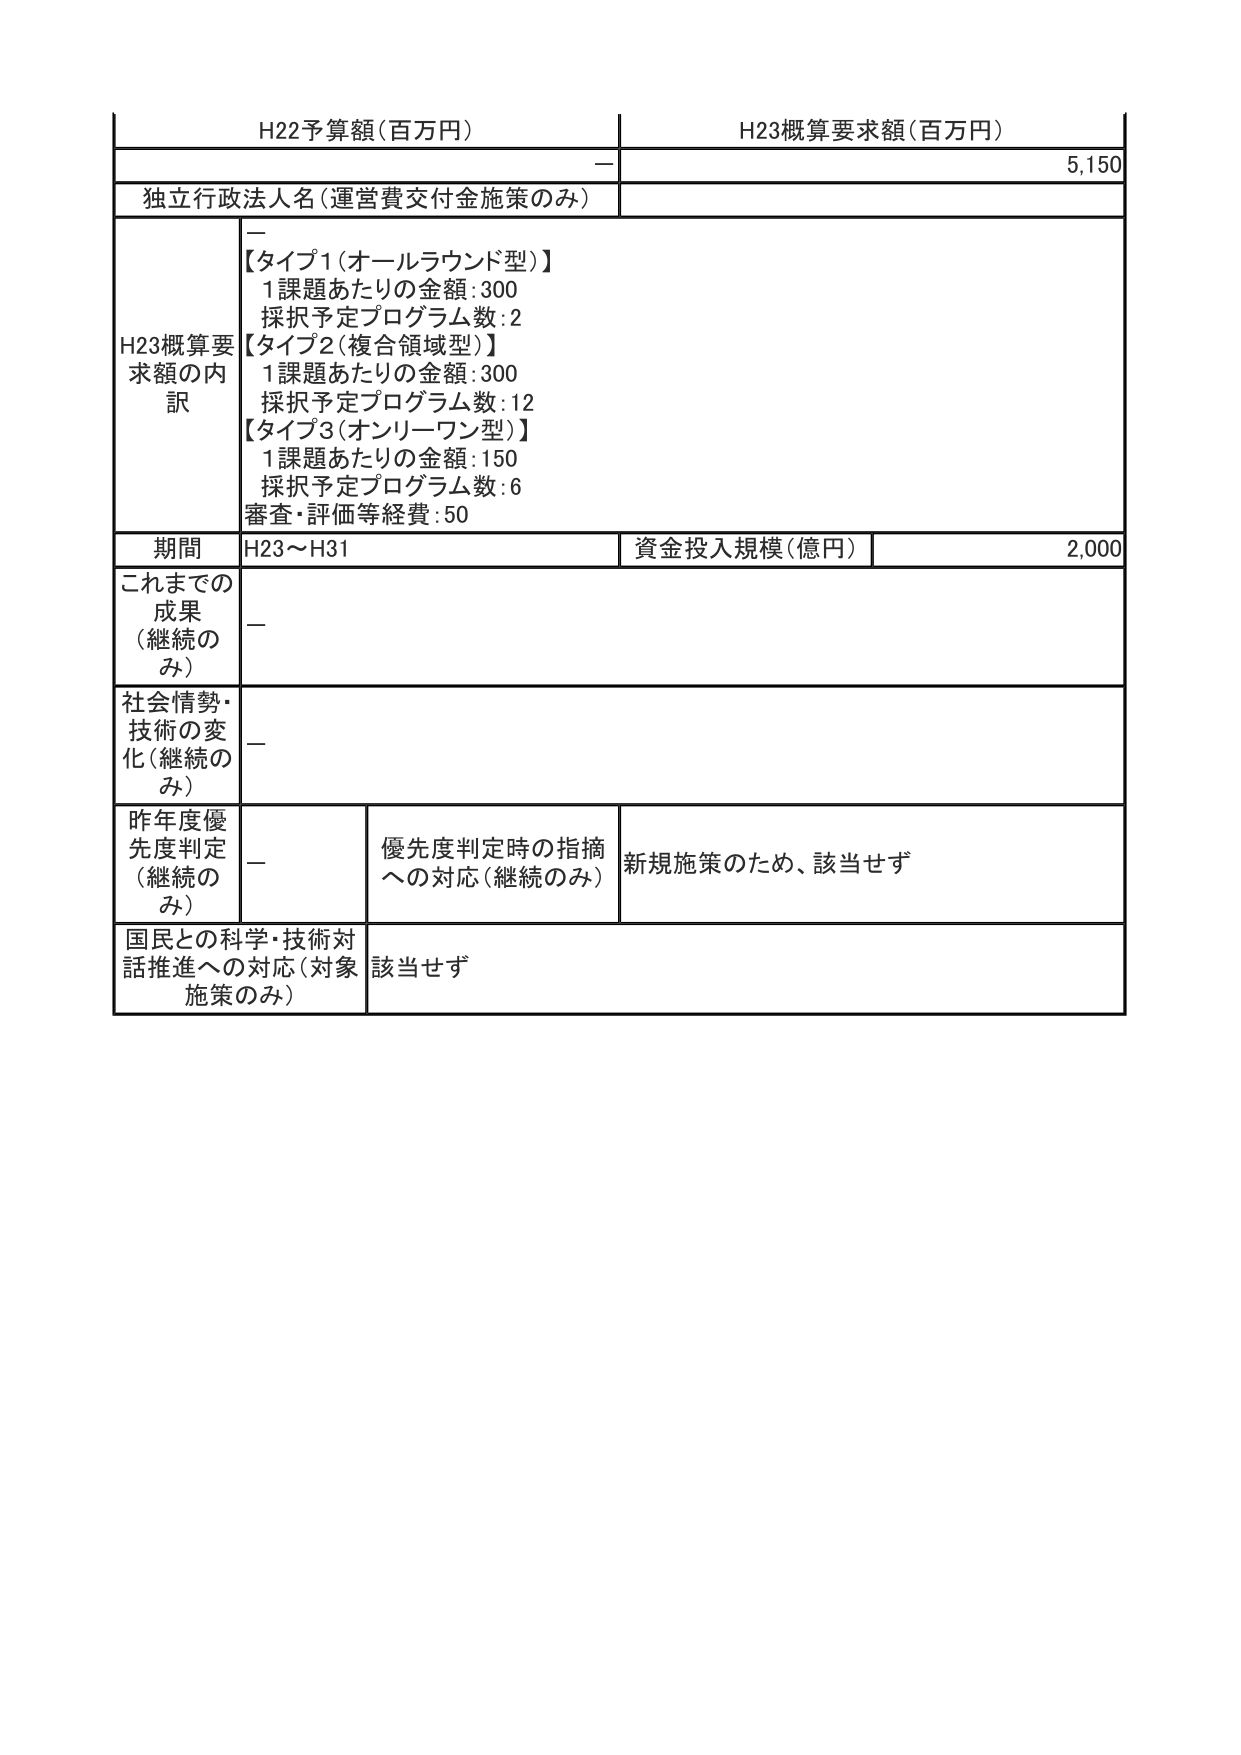
H22予算額(百万円)
H23概算要求額(百万円)
ー
5,150
独立行政法人名(運営費交付金施策のみ)
ー
H23概算要求額の内訳
【タイプ1(オールラウンド型)】
1課題あたりの金額:300
採択予定プログラム数:2
【タイプ2(複合領域型)】
1課題あたりの金額:300
採択予定プログラム数:12
【タイプ3(オンリーワン型)】
1課題あたりの金額:150
採択予定プログラム数:6
審査・評価等経費:50
期間
H23～H31
資金投入規模(億円)
2,000
これまでの成果(継続のみ)
ー
社会情勢・技術の変化(継続のみ)
ー
昨年度優先度判定(継続のみ)
ー
優先度判定時の指摘への対応(継続のみ)
新規施策のため、該当せず
国民との科学・技術対話推進への対応(対象施策のみ)
該当せず